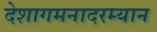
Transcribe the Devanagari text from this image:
देशागमनादरम्यान